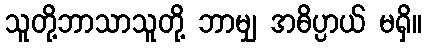
သူတို့ဘာသာသူတို့ ဘာမျှ အဓိပ္ပာယ် မရှိ။